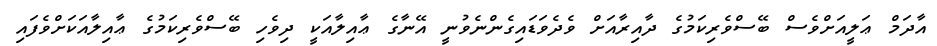
އާދަމް ޢަލީއަށްވެސް ބޭސްވެރިކަމުގެ ދާއިރާއަށް ވެދެވަޑައިގެންނެވުނީ އޭނާގެ ޢާއިލާއަކީ ދިވެހި ބޭސްވެރިކަމުގެ ޢާއިލާއަކަށްވެފައި